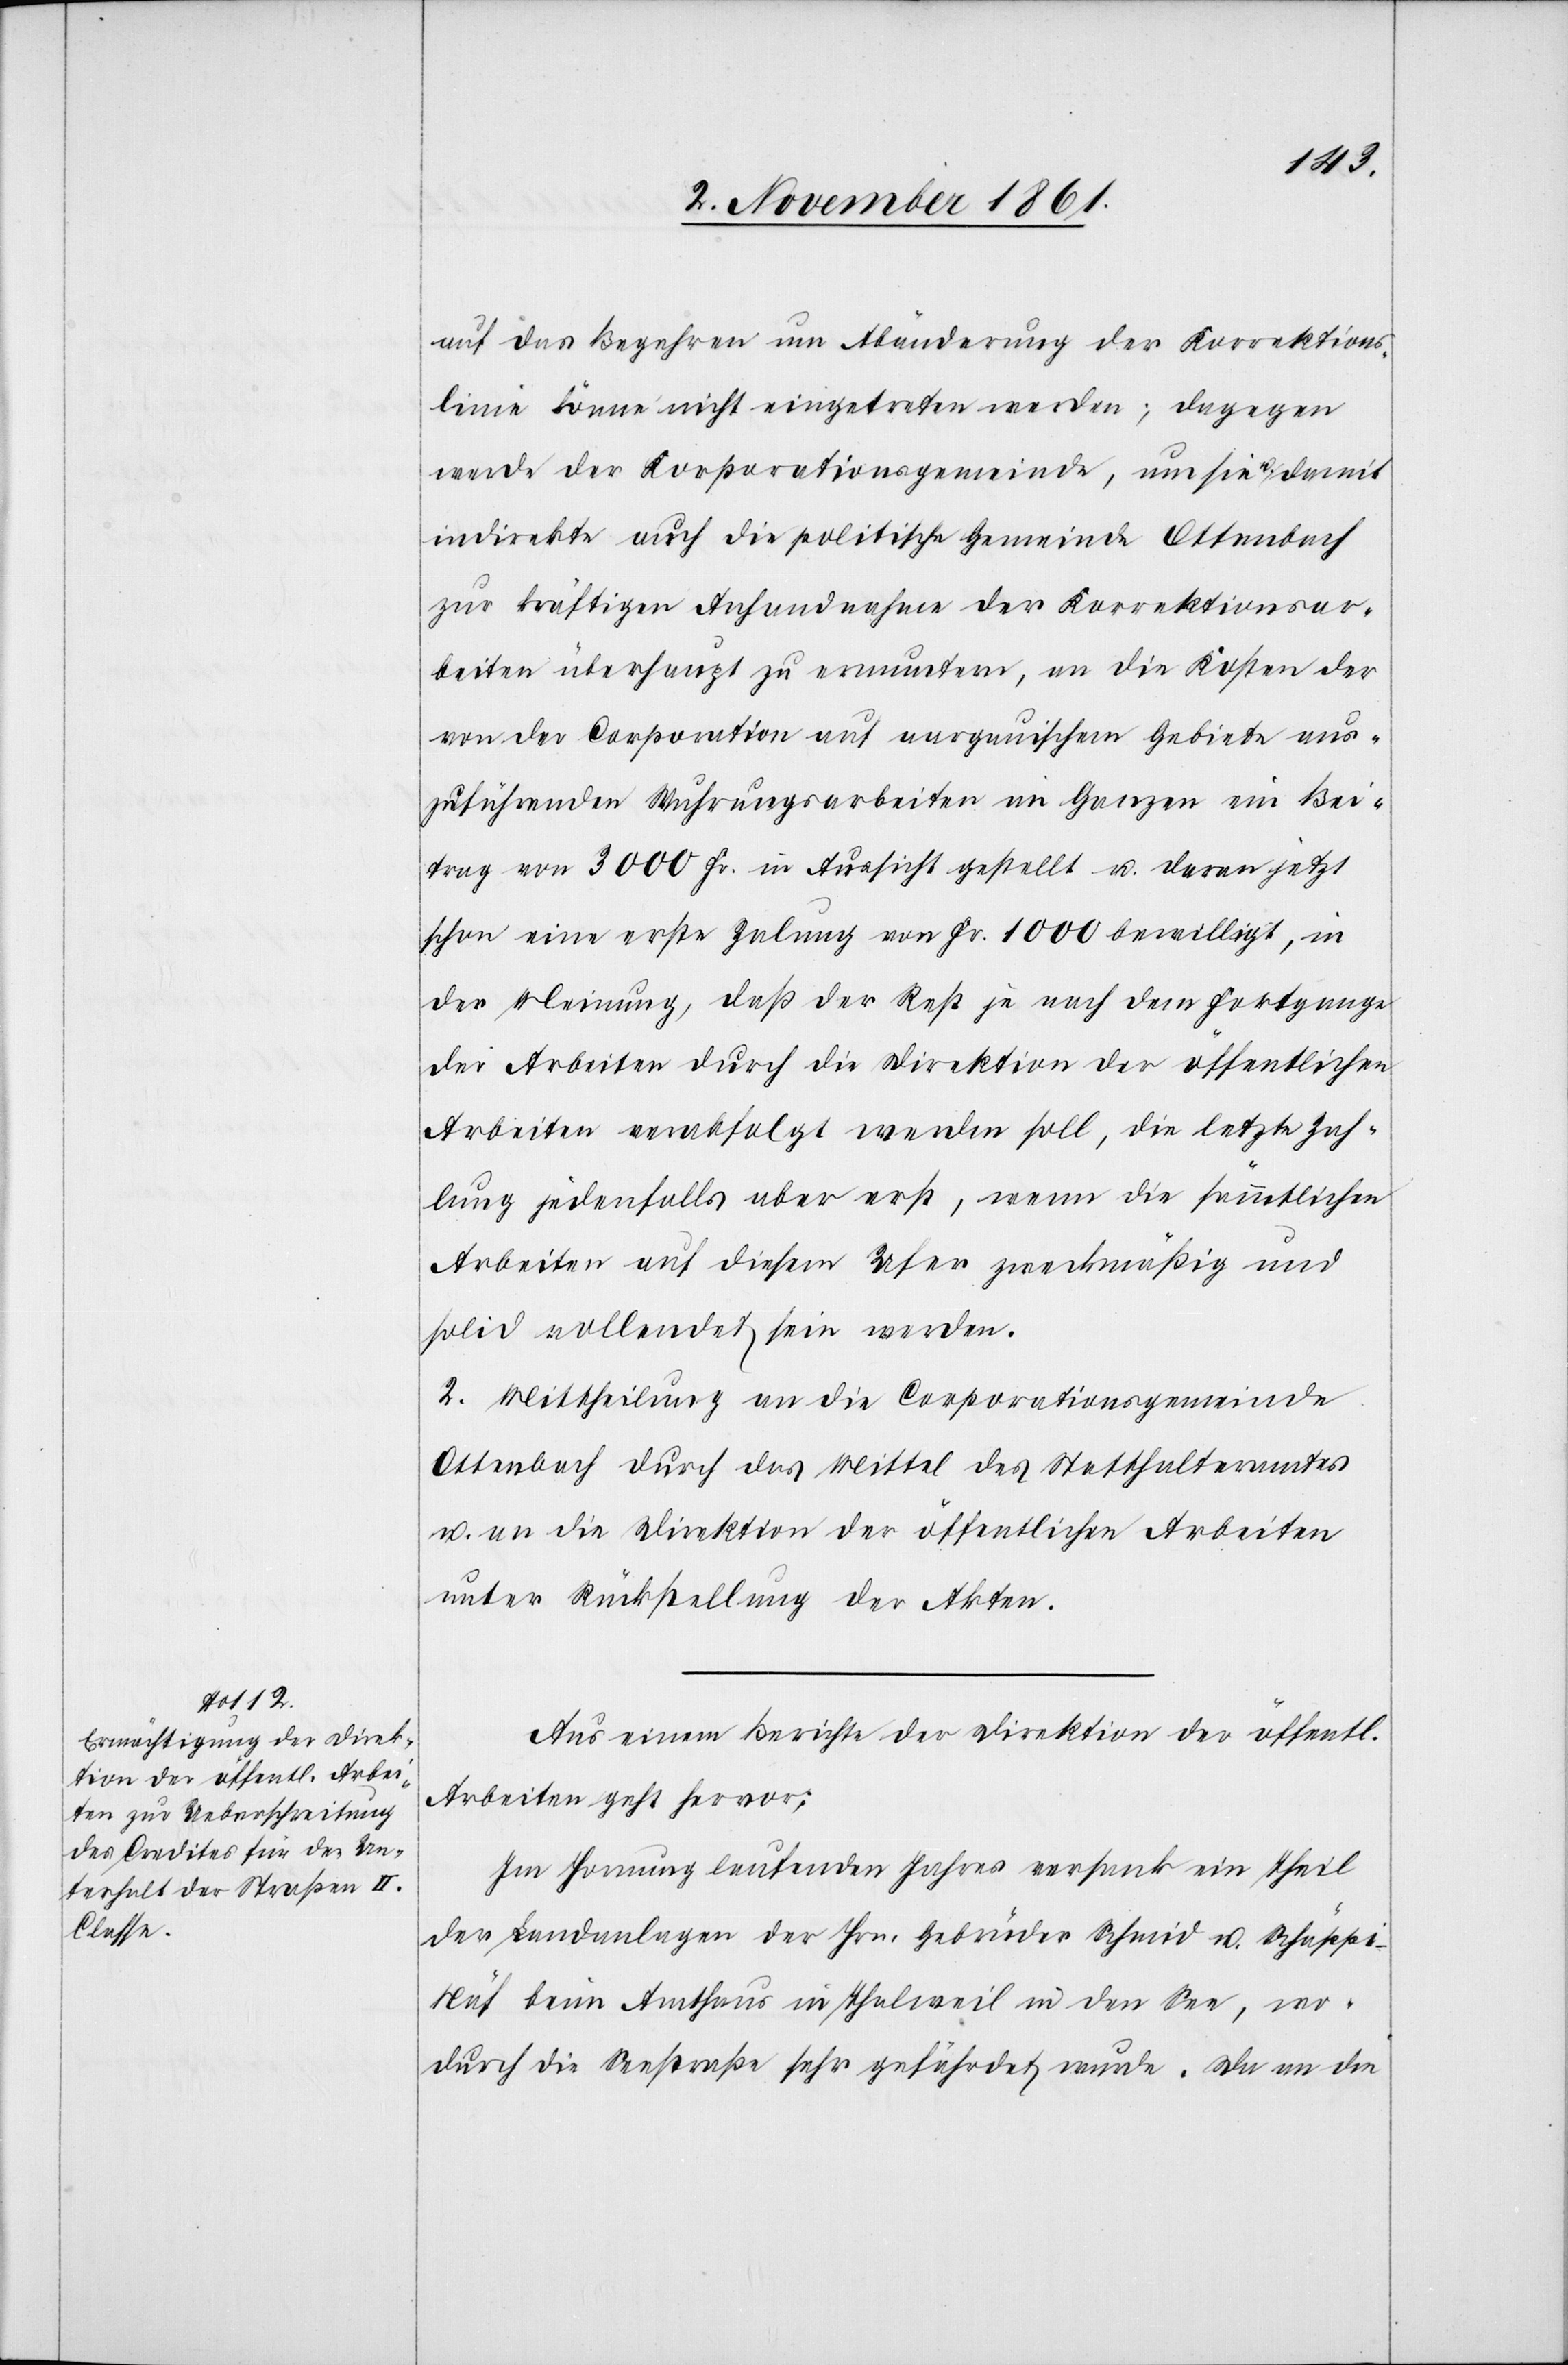
auf das Begehren um Abänderung der Korrektions¬
linie könne nicht eingetreten werden; dagegen
werde der Korporationsgemeinde, um sie u. damit
indirekte auch die politische Gemeinde Ottenbach
zur kräftigen Anhandnahme der Korrektionsar¬
beiten überhaupt zu ermuntern, an die Kosten der
von der Corporation auf aargauischem Gebiete aus¬
zuführenden Wuhrungsarbeiten im Ganzen ein Bei¬
trag von 3000 Fr. in Aussicht gestellt u. daran jetzt
schon eine erste Zalung von Fr. 1000 bewilligt, in
der Meinung, daß der Rest je nach dem Fortgange
der Arbeiten durch die Direktion der öffentlichen
Arbeiten verabfolgt werden soll, die letzte Za¬
lung jedenfalls aber erst, wenn die sämmtlichen
Arbeiten auf diesem Ufer zweckmäßig und
solid vollendet sein werden.
2. Mittheilung an die Corporationsgemeinde
Ottenbach durch das Mittel des Statthalteramtes
u. an die Direktion der öffentlichen Arbeiten
unter Rückstellung der Akten.
Aus einem Berichte der Direktion der öffentl.
Arbeiten geht hervor:
Im Hornung laufenden Jahres versank ein Theil
der Landanlagen der Hrn. Gebrüder Schmid u. Schäpp¬
i-Näf beim Amthaus in Thalweil in den See, wo¬
durch die Seestraße sehr gefährdet wurde. Da an die